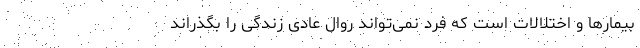
بیمارها و اختلالات است که فرد نمی‌تواند روال عادی زندگی را بگذراند